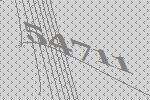
54711